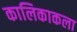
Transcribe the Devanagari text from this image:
कालिकाकला